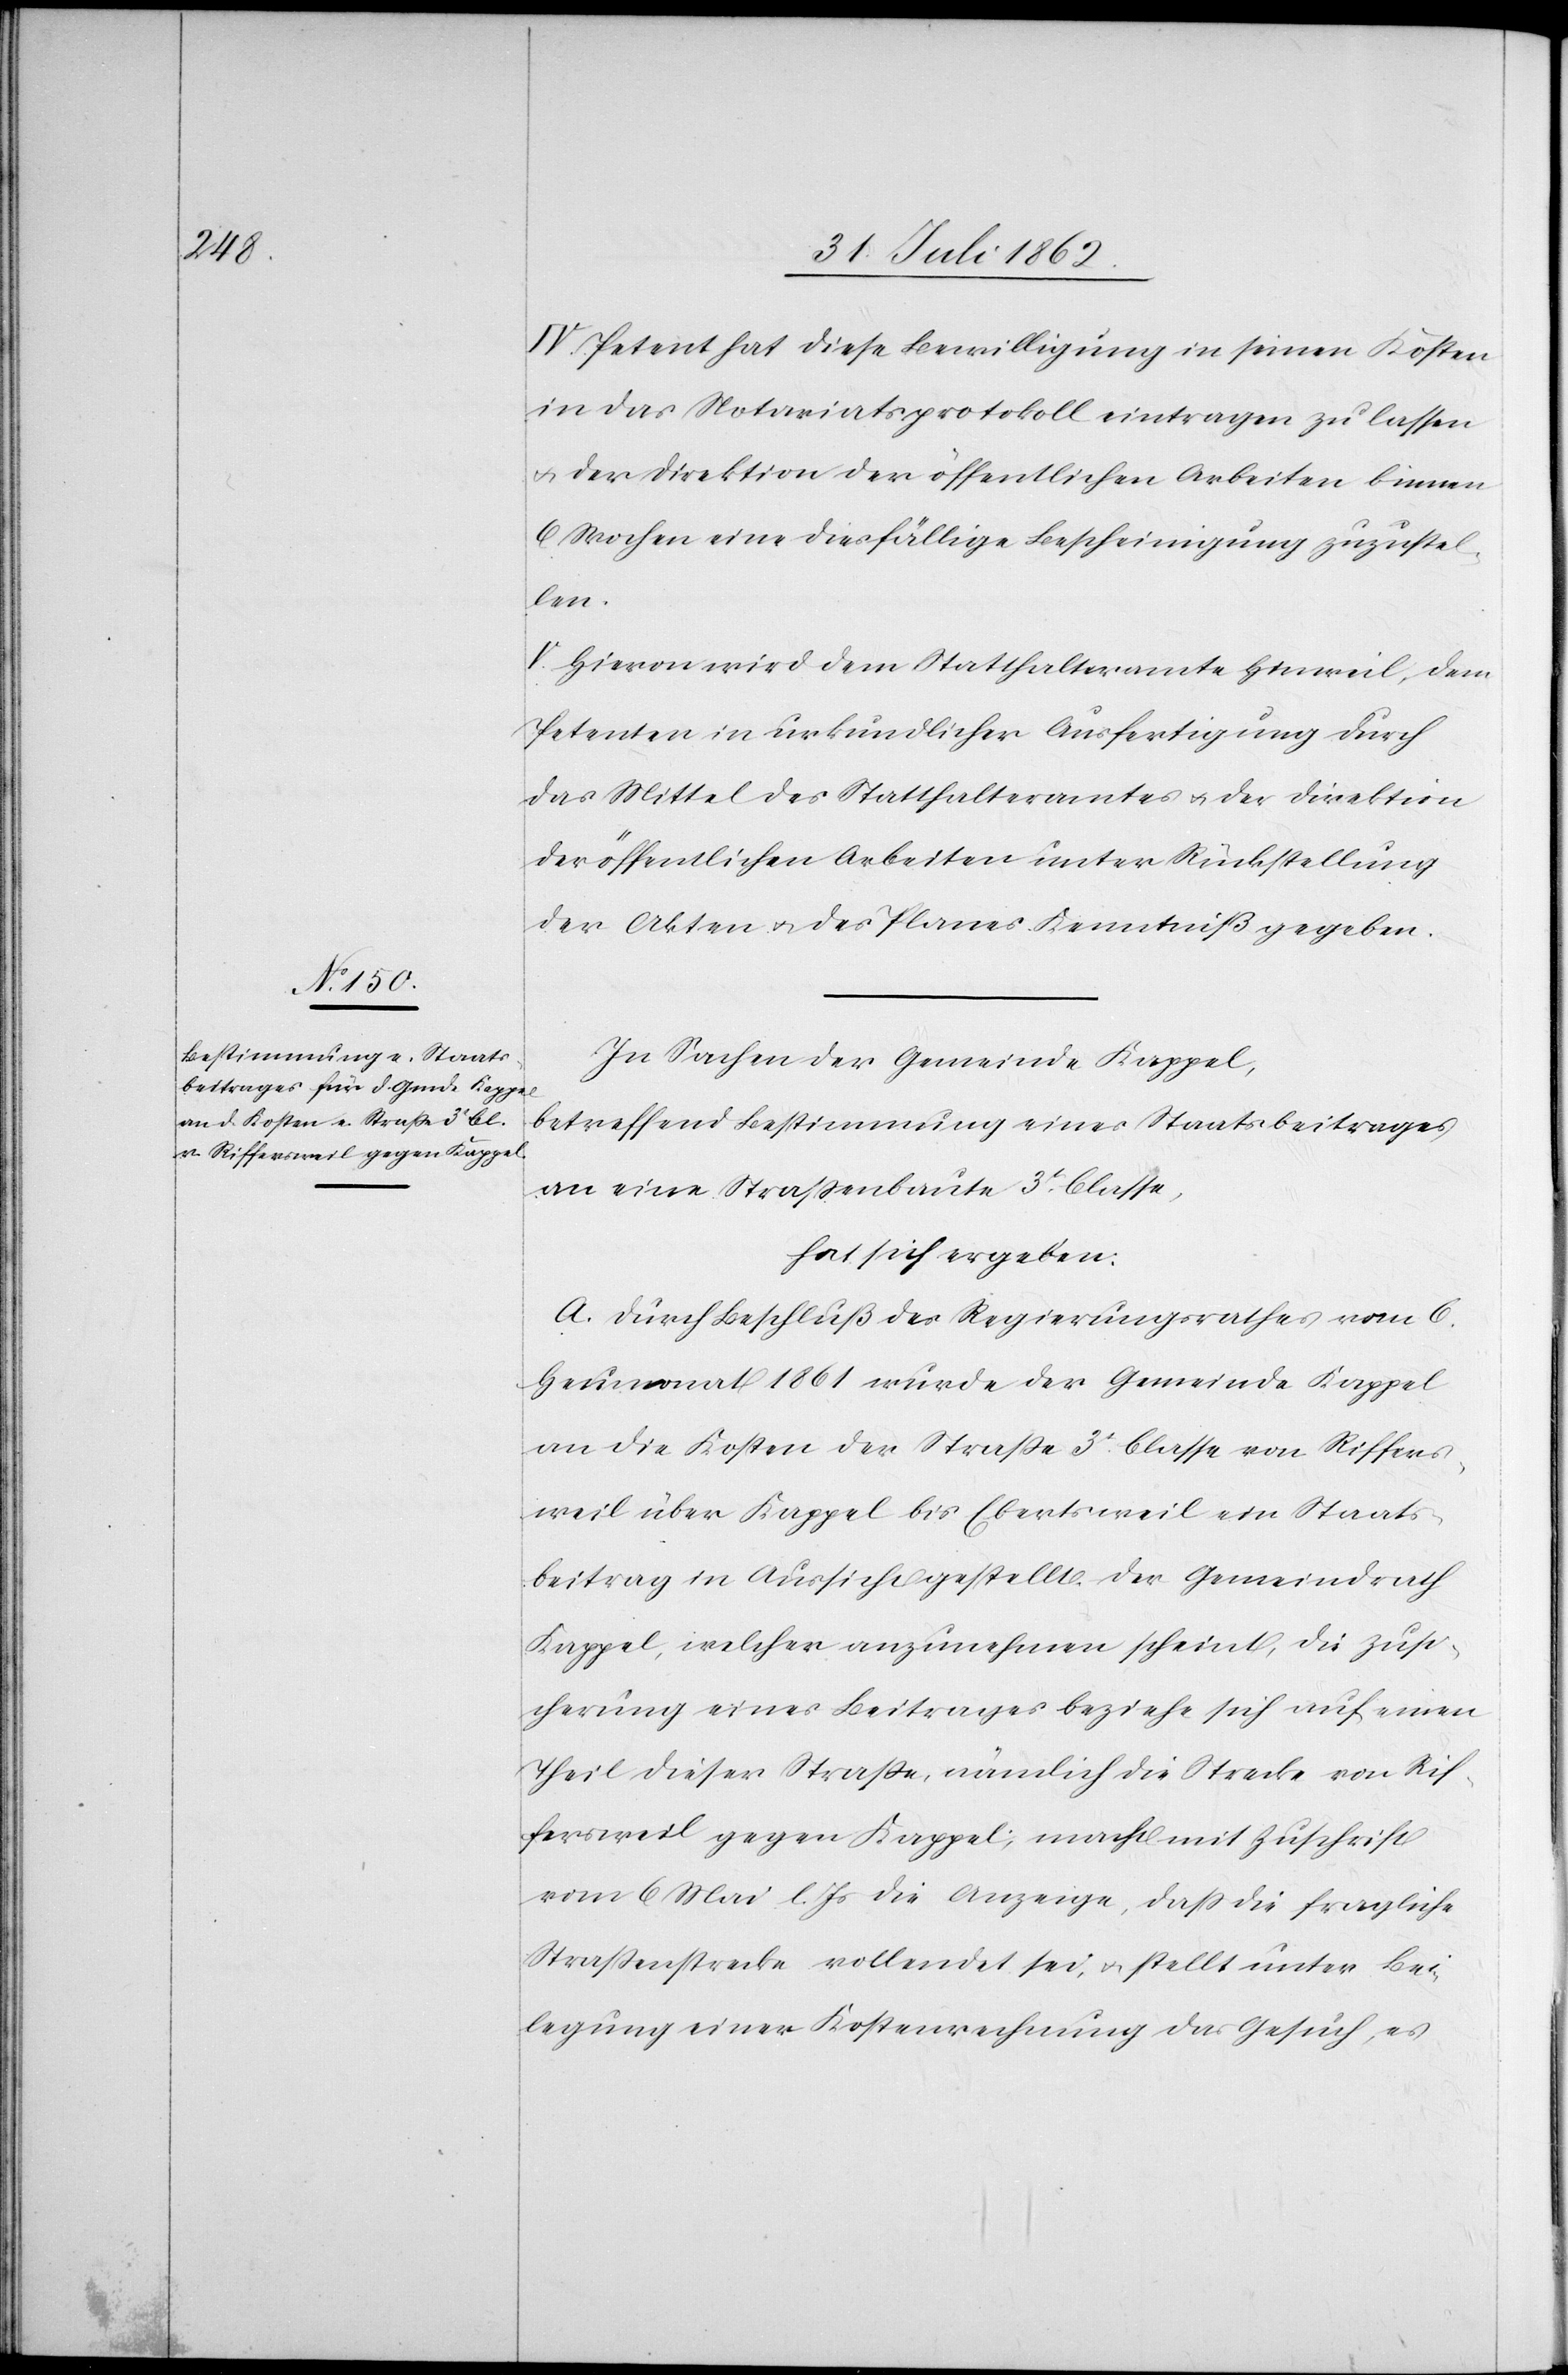
IV. Petent hat diese Bewilligung in seinen Kosten
in das Notariatsprotokoll eintragen zu lassen
u. der Direktion der öffentlichen Arbeiten binnen
6 Wochen eine diesfällige Bescheinigung zuzustel¬
len.
V. Hievon wird dem Statthalteramte Hinweil, dem
Petenten in urkundlicher Ausfertigung durch
das Mittel des Statthalteramtes u. der Direktion
der öffentlichen Arbeiten unter Rückstellung
der Akten u. des Planes Kenntniß gegeben.
In Sachen der Gemeinde Kappel,
betreffend Bestimmung eines Staatsbeitrages
an eine Straßenbaute 3t Classe,
hat sich ergeben:
A. Durch Beschluß des Regierungsrathes vom 6.
Heumonat 1861 wurde der Gemeinde Kappel
an die Kosten der Straße 3t Classe von Riffers¬
weil über Kappel bis Ebertsweil ein Staats¬
beitrag in Aussicht gestellt. Der Gemeindrath
Kappel, welcher anzunehmen scheint, die Zusi¬
cherung eines Beitrages beziehe sich auf einen
Theil dieser Straße, nämlich die Strecke von Rif¬
fersweil gegen Kappel, macht mit Zuschrift
vom 6. Mai l. Js. die Anzeige, daß die fragliche
Straßenstrecke vollendet sei, u. stellt unter Bei¬
legung einer Kostenrechnung das Gesuch, es